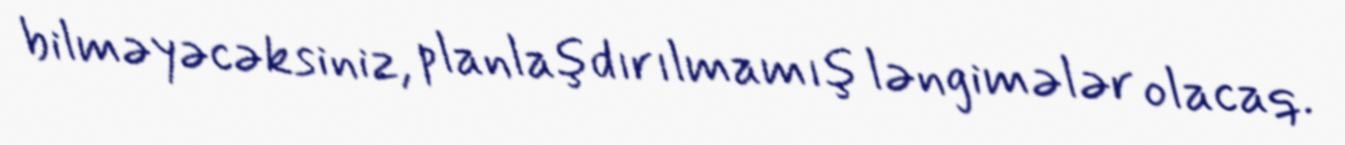
bilməyəcəksiniz, planlaşdırılmamış ləngimələr olacaq.